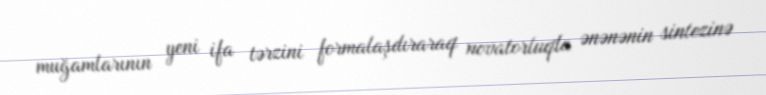
muğamlarının yeni ifa tərzini formalaşdıraraq novatorluqla ənənənin sintezinə